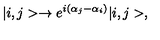
| i , j > \rightarrow e ^ { i ( \alpha _ { j } - \alpha _ { i } ) } | i , j > ,